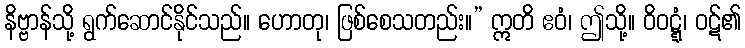
နိဗ္ဗာန်သို့ ရွက်ဆောင်နိုင်သည်။ ဟောတု၊ ဖြစ်စေသတည်း။” ဣတိ ဧဝံ၊ ဤသို့။ ဝိဝဋ္ဋံ၊ ဝဋ်၏